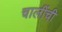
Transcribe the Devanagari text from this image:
चालींची